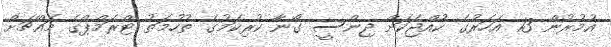
އުމުރުން 13 އަހަރުގެ ކުއްޖަކަށް ޖިންސީ ގޯނާ ކުރިކަމުގެ ތުހުމަތު ޓްރަމްޕްގެ މައްޗަށް